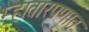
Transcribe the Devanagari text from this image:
म्हातारपणात